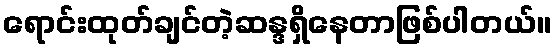
ရောင်းထုတ်ချင်တဲ့ဆန္ဒရှိနေတာဖြစ်ပါတယ်။